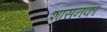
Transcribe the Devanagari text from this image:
शासनका